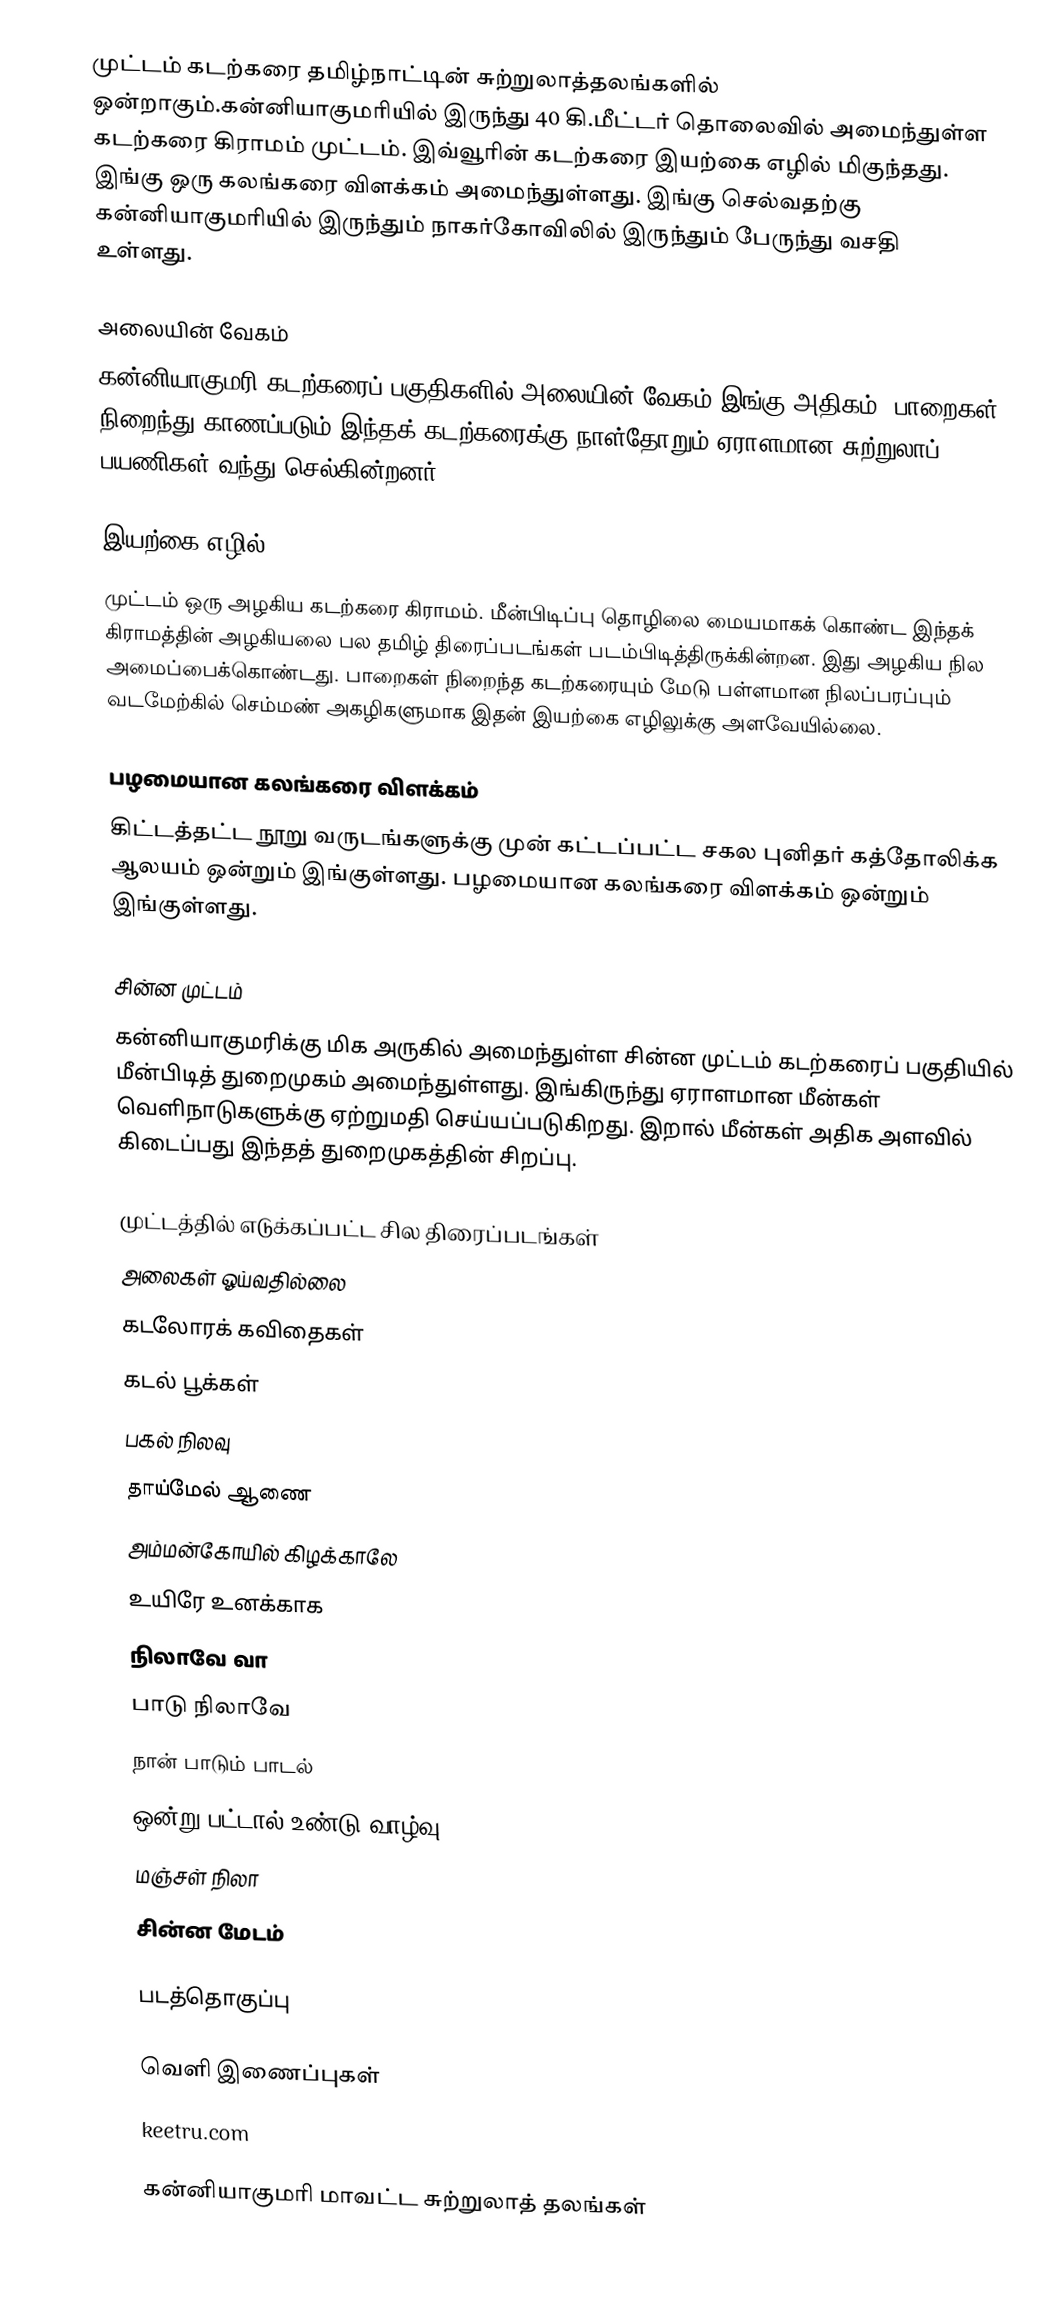
முட்டம் கடற்கரை தமிழ்நாட்டின் சுற்றுலாத்தலங்களில் ஒன்றாகும்.கன்னியாகுமரியில் இருந்து 40 கி.மீட்டர் தொலைவில் அமைந்துள்ள கடற்கரை கிராமம் முட்டம். இவ்வூரின் கடற்கரை இயற்கை எழில் மிகுந்தது.  இங்கு ஒரு கலங்கரை விளக்கம் அமைந்துள்ளது. இங்கு செல்வதற்கு கன்னியாகுமரியில் இருந்தும் நாகர்கோவிலில் இருந்தும் பேருந்து வசதி உள்ளது.

அலையின் வேகம்
கன்னியாகுமரி கடற்கரைப் பகுதிகளில் அலையின் வேகம் இங்கு அதிகம். பாறைகள் நிறைந்து காணப்படும் இந்தக் கடற்கரைக்கு நாள்தோறும் ஏராளமான சுற்றுலாப் பயணிகள் வந்து செல்கின்றனர்.

இயற்கை எழில்
முட்டம் ஒரு அழகிய கடற்கரை கிராமம். மீன்பிடிப்பு தொழிலை மையமாகக் கொண்ட இந்தக் கிராமத்தின் அழகியலை பல தமிழ் திரைப்படங்கள் படம்பிடித்திருக்கின்றன. இது அழகிய நில அமைப்பைக்கொண்டது. பாறைகள் நிறைந்த கடற்கரையும் மேடு பள்ளமான நிலப்பரப்பும் வடமேற்கில் செம்மண் அகழிகளுமாக இதன் இயற்கை எழிலுக்கு அளவேயில்லை.

பழமையான கலங்கரை விளக்கம்
கிட்டத்தட்ட நூறு வருடங்களுக்கு முன் கட்டப்பட்ட சகல புனிதர் கத்தோலிக்க ஆலயம் ஒன்றும் இங்குள்ளது. பழமையான கலங்கரை விளக்கம் ஒன்றும் இங்குள்ளது.

சின்ன முட்டம்
கன்னியாகுமரிக்கு மிக அருகில் அமைந்துள்ள சின்ன முட்டம் கடற்கரைப் பகுதியில் மீன்பிடித் துறைமுகம் அமைந்துள்ளது. இங்கிருந்து ஏராளமான மீன்கள் வெளிநாடுகளுக்கு ஏற்றுமதி செய்யப்படுகிறது. இறால் மீன்கள் அதிக அளவில் கிடைப்பது இந்தத் துறைமுகத்தின் சிறப்பு.

முட்டத்தில் எடுக்கப்பட்ட சில திரைப்படங்கள்
 அலைகள் ஓய்வதில்லை
 கடலோரக் கவிதைகள்
 கடல் பூக்கள்
 பகல் நிலவு
 தாய்மேல் ஆணை
 அம்மன்கோயில் கிழக்காலே
 உயிரே உனக்காக
 நிலாவே வா
 பாடு நிலாவே
 நான் பாடும் பாடல்
 ஒன்று பட்டால் உண்டு வாழ்வு
 மஞ்சள் நிலா
 சின்ன மேடம்

படத்தொகுப்பு

வெளி இணைப்புகள்
keetru.com

கன்னியாகுமரி மாவட்ட சுற்றுலாத் தலங்கள்